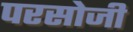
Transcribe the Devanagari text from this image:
परसोजी